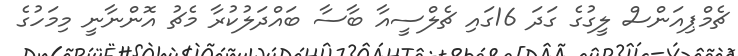
ޗެމްޕިއަންސް ލީގުގެ ގަދަ 16ގައި ޗެލްސީއާ ބާސާ ބައްދަލުކުރާ މެޗު އޮންނާނީ މިމަހުގެ